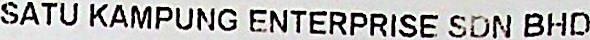
SATU KAMPUNG ENTERPRISE SDN BHD